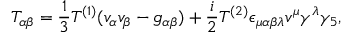
{ \cal T } _ { \alpha \beta } = \frac { 1 } { 3 } T ^ { ( 1 ) } ( v _ { \alpha } v _ { \beta } - g _ { \alpha \beta } ) + \frac { i } { 2 } T ^ { ( 2 ) } \epsilon _ { \mu \alpha \beta \lambda } v ^ { \mu } \gamma ^ { \lambda } \gamma _ { 5 } ,